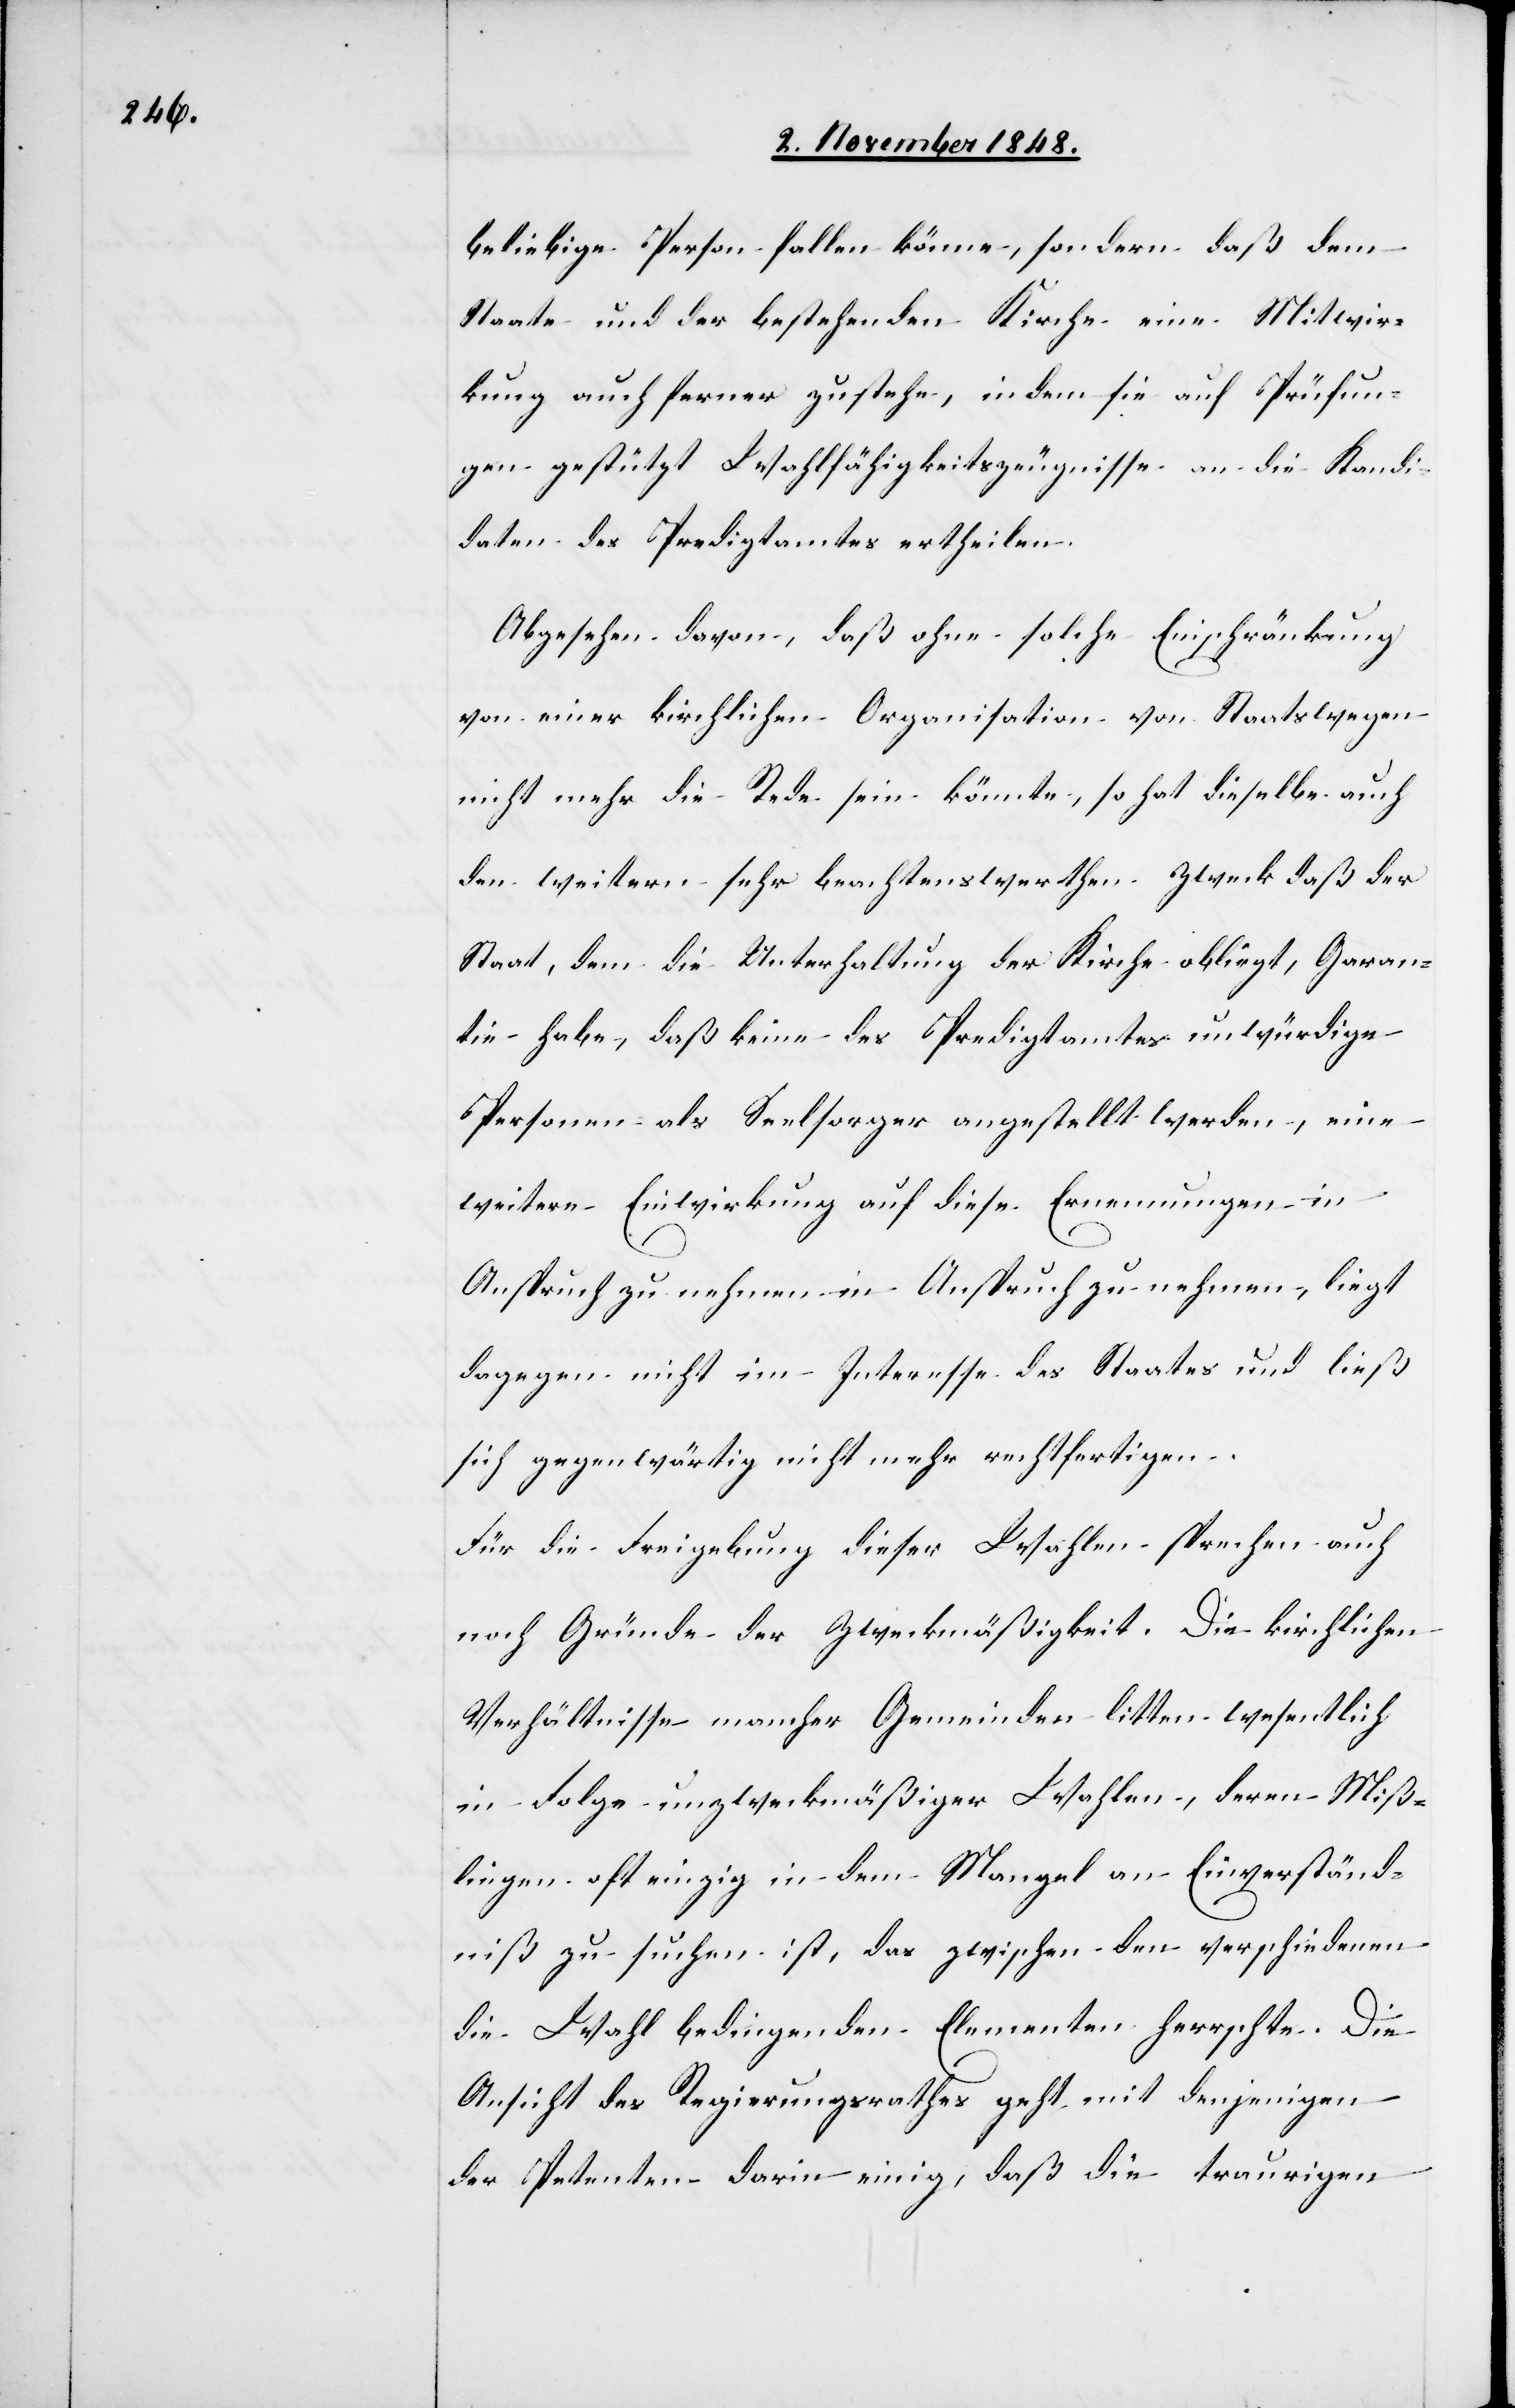
beliebige Person fallen könne, sondern daß dem
Staate und der bestehenden Kirche eine Mitwir¬
kung auch ferner zustehen, indem sie auf Prüfun¬
gen gestützt Wahlfähigkeitszeugnisse an die Kandi¬
daten des Predigtamtes ertheilen.
Abgesehen davon, daß ohne solche Einschränkung
von einer kirchlichen Organisation von Staatswegen
nicht mehr die Rede sein könnte, so hat dieselbe auch
den weitern sehr beachtenswerthen Zweck daß der
Staat, dem die Unterhaltung der Kirche obliegt, Garan¬
tie habe, daß keine des Predigtamtes unwürdige
Personen als Seelsorger angestellt werden, eine
weitere Einwirkung auf diese Ernennungen in
dagegen nicht im Interesse des Staates und ließ
sich gegenwärtig nicht mehr rechtfertigen.
Für die Freigebung dieser Wahlen sprechen auch
noch Gründe der Zweckmäßigkeit. Die kirchlichen
Verhältnisse mancher Gemeinden litten wesentlich
in Folge unzweckmäßiger Wahlen, deren Miß¬
lingen oft einzig in dem Mangel an Einverständ¬
niß zu suchen ist, das zwischen den verschiedenen
die Wahl bedingenden Elementen herrschte. Die
Ansicht des Regierungsrathes geht mit denjenigen
der Petenten darin einig, daß die traurigen